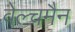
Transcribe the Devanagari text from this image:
वेल्चमैन